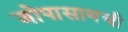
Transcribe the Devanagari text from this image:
जोपासायची